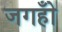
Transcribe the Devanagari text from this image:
जगहोँ